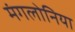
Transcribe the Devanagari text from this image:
मंगलोनिया